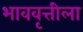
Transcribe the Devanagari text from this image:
भाववृत्तीला